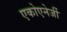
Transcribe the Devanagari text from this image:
एकोएनेर्जी